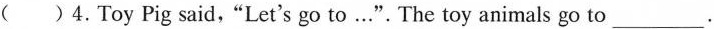
( )4.Toy Pig said,"Let's go to…". The toy animals go to___.